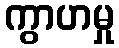
ကွာဟမှု